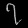
Digit: ၇